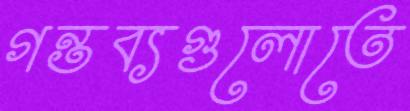
গন্তব্যগুলোতে